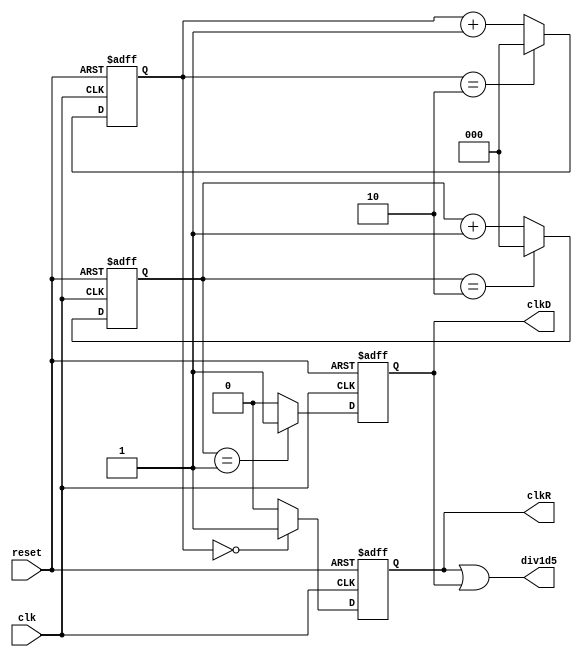
//1.5
//2
//2
//1.5 = 3/2 231.5
// N.5 = (2N+1)/2 , N N.522N+1N.5
module divider_1dot5 (
    clk,
    reset,
    div1d5,//div1d5 == clkN || clkP
    clkR,//
    clkD,//
);

input clk;
input reset;
output wire div1d5;
output reg clkR;
output reg clkD;

reg [2:0]cnt3_1;
reg [2:0]cnt3_2;

//3
always @(posedge clk or posedge reset)
begin
    if(reset)
    begin
        cnt3_1 <= 3'b000;
    end
    else if(clk)
    begin
        if(cnt3_1 == 3'd2)
        begin
            cnt3_1 <= 3'd0;
        end
        else
        begin
            cnt3_1 <= cnt3_1 + 1;
        end
    end
end

always @(posedge clk or posedge reset)
begin
    if(reset)
    begin
        clkR <= 1'b0;
    end
    else if(cnt3_1 == 3'd0)
    begin
        clkR <= 1'b1;
    end
    else
    begin
        clkR <= 1'b0;
    end
end

//3
always @(negedge clk or posedge reset)
begin
    if(reset)
    begin
        cnt3_2 <= 3'b000;
    end
    else if(!clk)
    begin
        if(cnt3_2 == 3'd2)
        begin
            cnt3_2 <= 3'd0;
        end
        else
        begin
            cnt3_2 <= cnt3_2 + 1;
        end
    end
end

always @(negedge clk or posedge reset)
begin
    if(reset)
    begin
        clkD <= 1'b0;
    end
    else if(cnt3_2 == 3'd1)
    begin
        clkD <= 1'b1;
    end
    else
    begin
        clkD <= 1'b0;
    end
end

//1.5
assign div1d5 = clkR | clkD;

    
endmodule